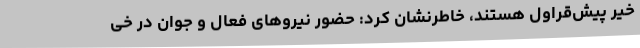
خیر پیش‌قراول هستند، خاطرنشان کرد: حضور نیروهای فعال و جوان در خی